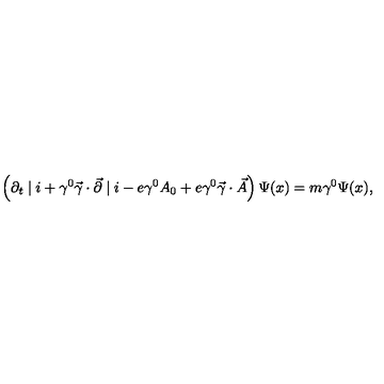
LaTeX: \left( \partial _ { t } \mid i + \gamma ^ { 0 } \vec { \gamma } \cdot \vec { \partial } \mid i - e \gamma ^ { 0 } A _ { 0 } + e \gamma ^ { 0 } \vec { \gamma } \cdot \vec { A } \right) \Psi ( x ) = m \gamma ^ { 0 } \Psi ( x ) ,